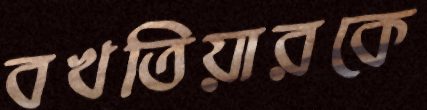
বখতিয়ারকে